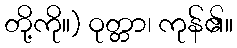
တို့ကို။) ဝုတ္တာ၊ ကုန်၏။